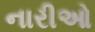
નારીઓ